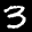
Label: 3